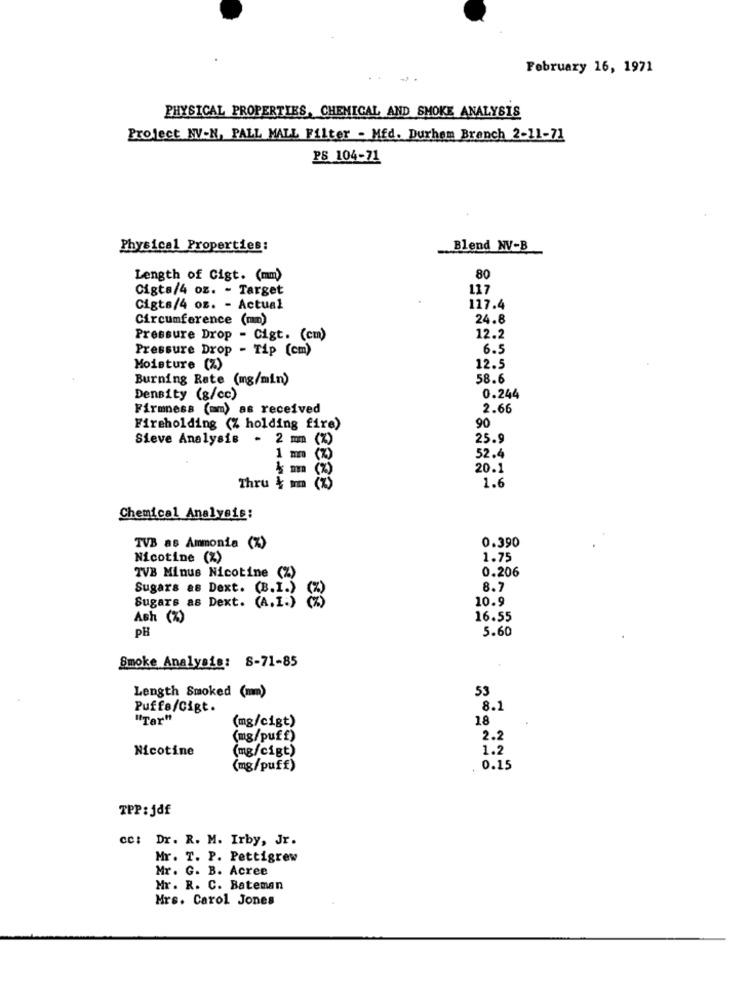
February 16, 1971
PHYSICAL PROPERTIES, CHEMICAL AND SMOKE ANALYSIS
Project NV-N, PALL MALL Filter - Mfd. Durhem Branch 2-11-71
PS 104-71
Physical Properties:
Blend NV-B
Length of Cigt. (mm)
80
Cigts/4 oz. - Target
117
Cigts/4 oz. - Actual
117.4
Circumference (mm)
24.8
Pressure Drop - Cigt. (cm)
12.2
Pressure Drop - Tip (cm)
6.5
Moisture (%)
12.5
Burning Rate (mg/min)
58.6
Density (g/cc)
0.244
Firmness (mm) as received
2.66
90
Fireholding (% holding fire)
Sieve Analysis - 2 mm (%)
25.9
1 mm (%)
52.4
4 mm (%)
20.1
Thru & mm (z)
1.6
Chemical Analysis:
0.390
TVB as Ammonia (%)
Nicotine (%)
1.75
TVB Minus Nicotine (%)
0.206
8.7
Sugars as Dext. (A.1.)
Sugars as Dext. (B.1.)
10.9
Ash (%)
16.55
PH
5.60
Smoke Analysis: S-71-85
53
Length Smoked (mm)
Puffs/Cigt.
8.1
"Ter"
(mg/cigt)
18
(mg/puff)
2.2
Nicotine
(mg/cigt)
1.2
(mg/puff)
. 0.15
TPP : jdf
cc: Dr. R. M. Irby, Jr.
Mr. T. P. Pettigrew
Mr. G. B. Acree
Mr. R. C. Bateman
Mrs. Carol Jones